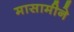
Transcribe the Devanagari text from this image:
मासामीने